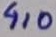
Text: 4,0